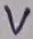
Text: V